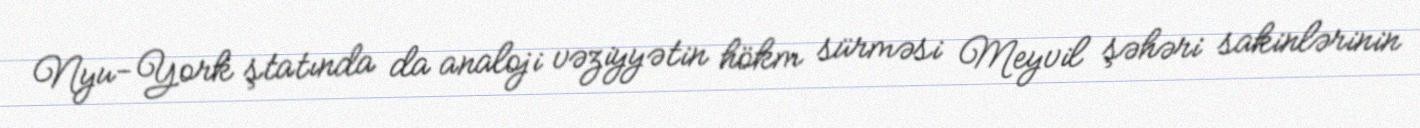
Nyu-York ştatında da analoji vəziyyətin hökm sürməsi Meyvil şəhəri sakinlərinin